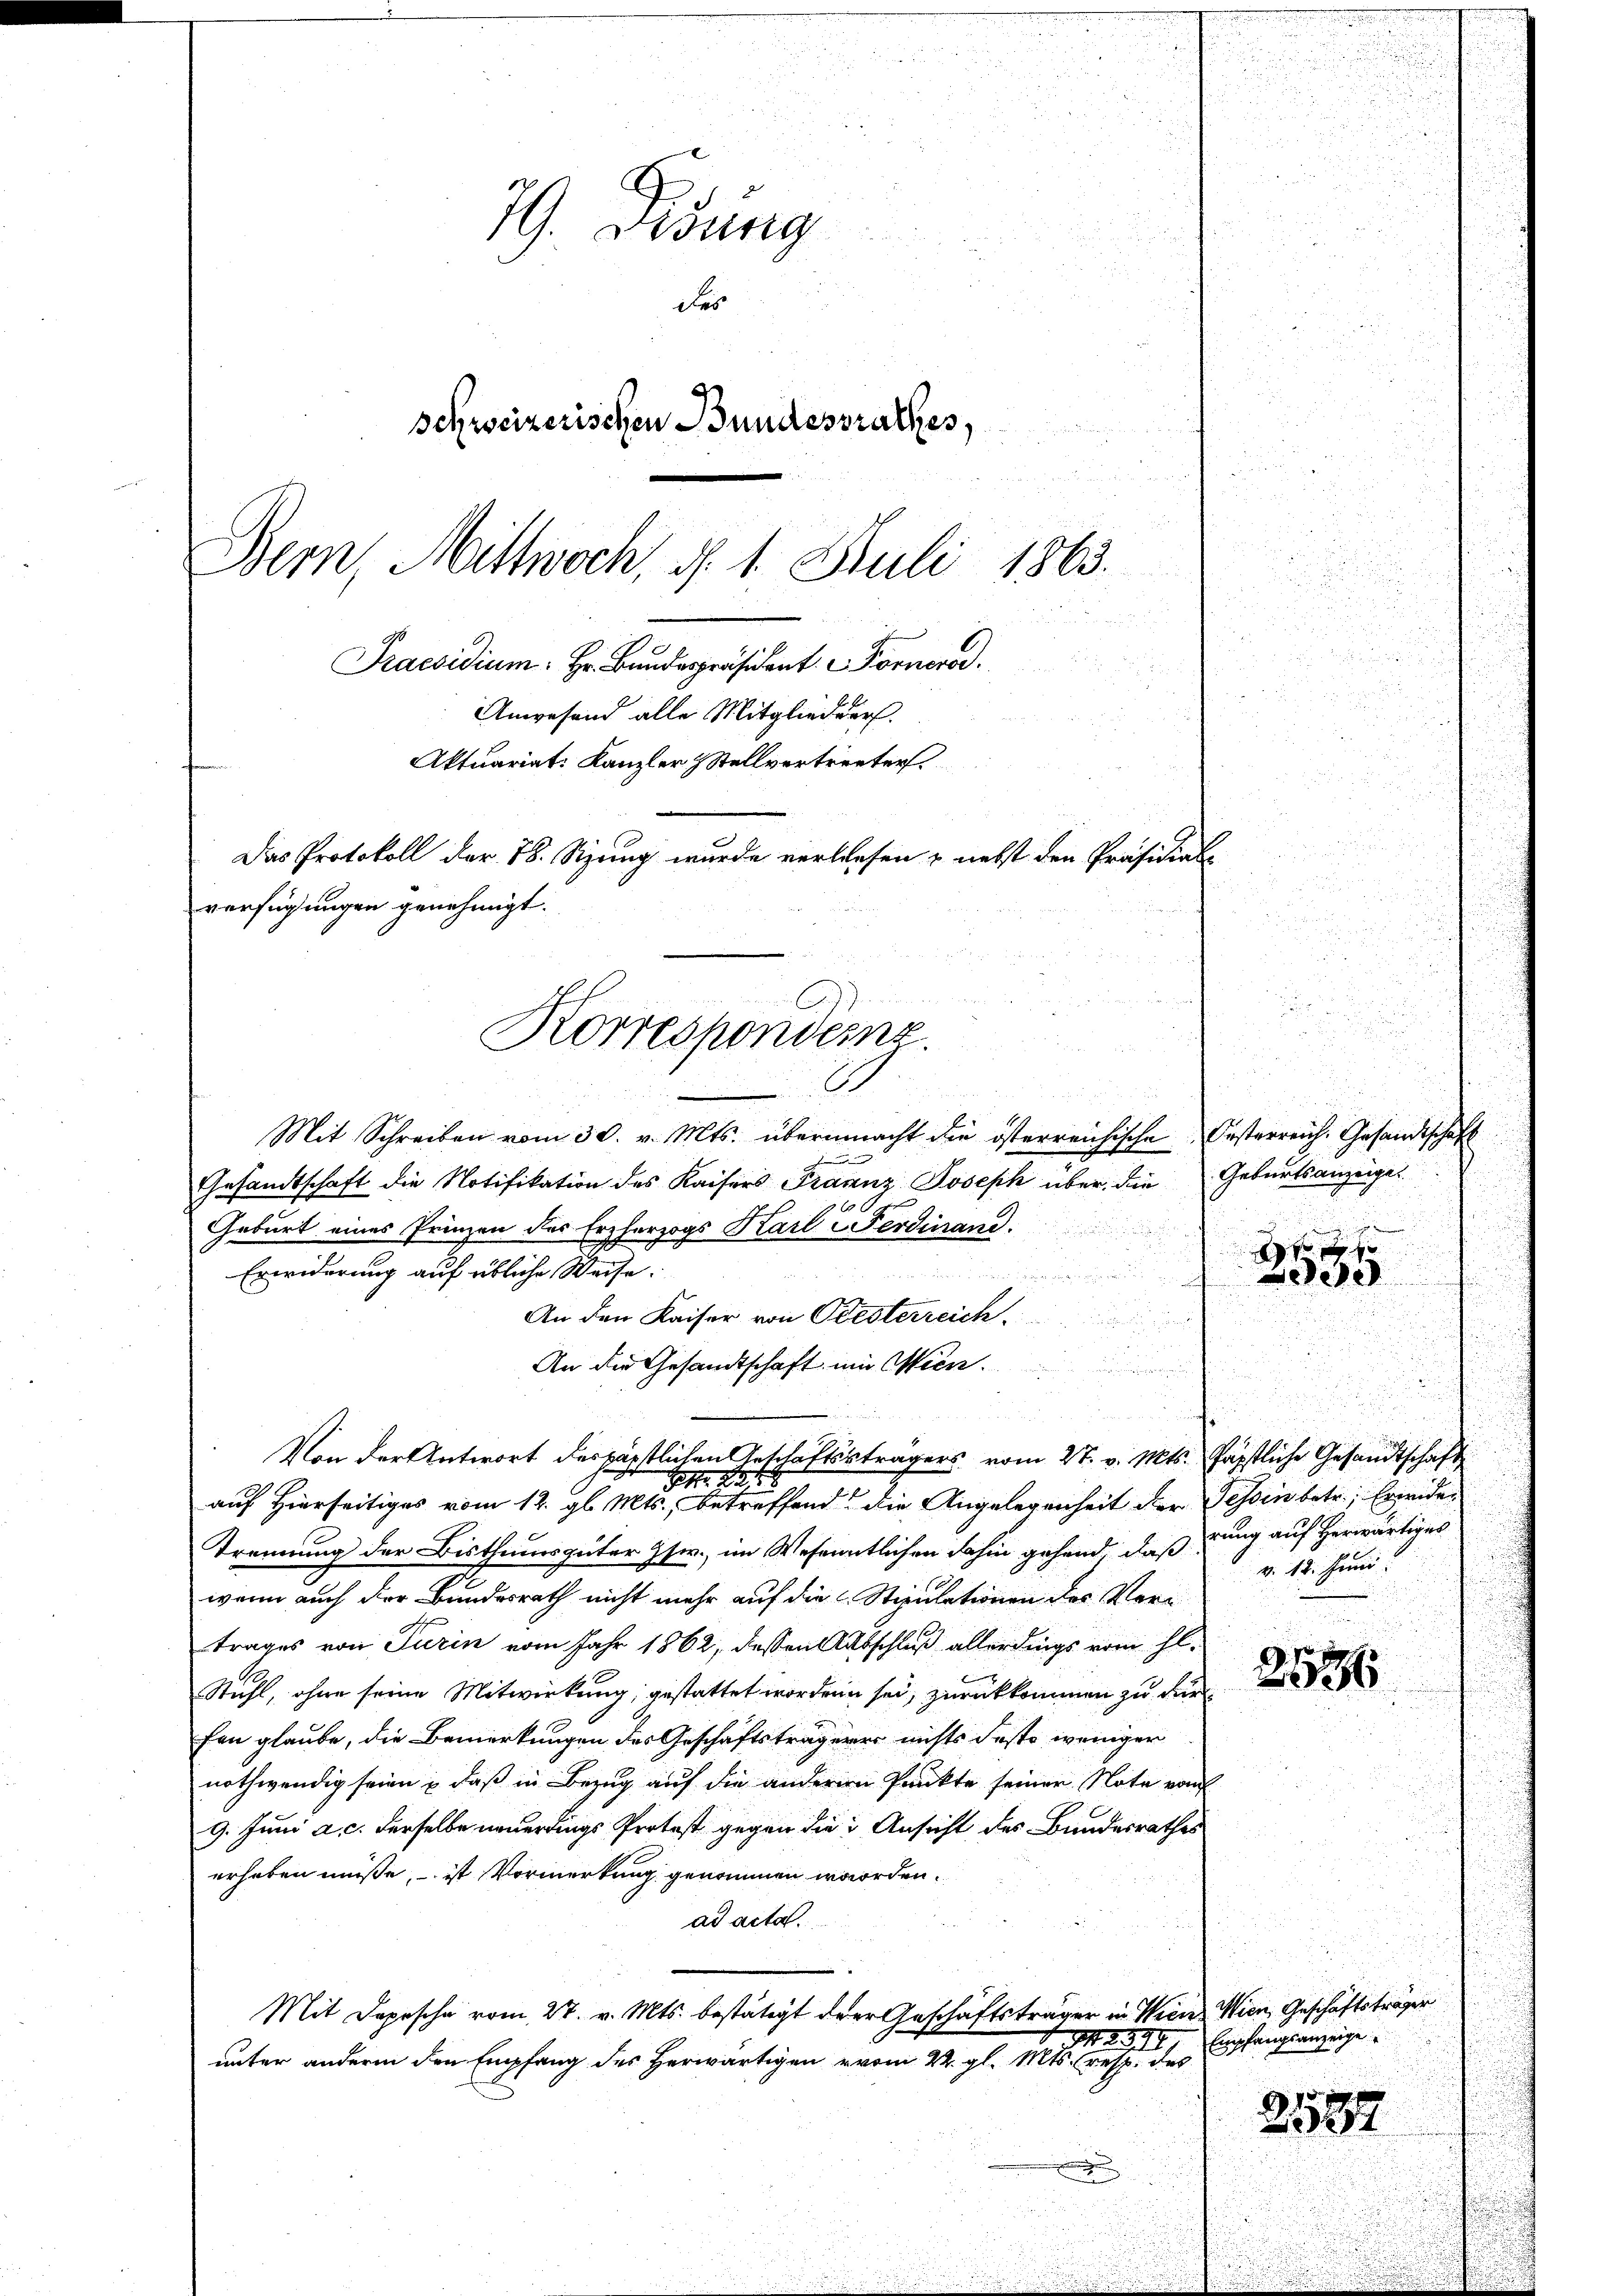
.
 28
u
u
A
Mit Schreiben vom 30. v. Mts. übernacht die österreichische Oesterreich. Gesandtschaft
Gesandtschaft die Notifikation des Kaisers Franz Joseph über die Geburtsanzeige
.
Geburt eines Prinzen des Erzherzogs Karl Ferdinand.

Erwiderung auf übliche Weise.
ee
u
d 15
.
un
An den Kaiser von Oesterreich
u

An die Gesandtschaft ein Wien.

urie in di
Von der Antwort des päpstlichen Anschaftssträgers vom 27. v. Mts. päpstliche Gesandtschaft
 22
auf Hierseitiges vom 12. gl. Mts., betreffend die Angelegenheit der Tessin betr. Erwider
Trennung der Bisthumsgüter Gsw., im Wesentlichen dahin gehend, daß rung auf herwärtiges
v. 18. Juni
wenn auch der Bundesrath nicht mehr auf die Stipulationen des Vertrages von Turin vom Jahr 1862, dessen Ausschluß allerdings vom hl.
2536
Stahl, ohne seine Mitwirkung; gestattet worden sei, zurückkommen zu dür
fen glaube, die Bemerkungen des Geschäftsträgerer nichts desto weniger
nothwendig seien, daß in Bezug auf die anderen Punkte seiner Note vom
9. Juni a. c. derselbe neuerdings Protest gegen die Ansicht des Bundesrathes
erhoben müsse, ist Vormerkung genommen worden.
ad acta.
Mit Depesche vom 27. v. Mts. bestätigt der Geschäftsträger in Wien Wien, Geschäftsträger
 298. Empfangsanzeige
unter andern den Empfang des Herwärtigen vom 22. gl. Mts. resp. des
2582

d
.
in
d
a

i
79. Disung
des
schweizerischen Bundesrathes,
Bern Mittwoch, d. 1. Juli 1863.

Praesidium Hr. Bandespräsident. Fornorar.
Anwesend alle Mitgliederes.
d

Das Protokoll der 78. Sizung wurde verlesen & nebst den Präsidial

verfügungen genehmigt.

.

Korrespondenz.

Aktuariat. Kanzler & Stellvertreter

2
2